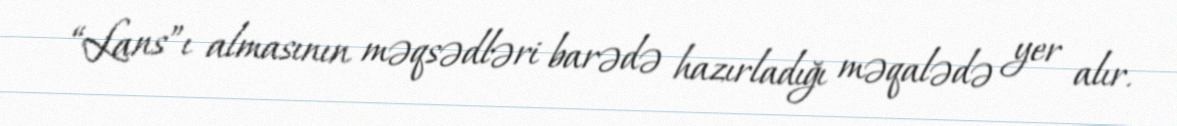
“Lans”ı almasının məqsədləri barədə hazırladığı məqalədə yer alır.